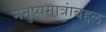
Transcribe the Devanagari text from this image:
मनुष्यमात्रांबद्दल